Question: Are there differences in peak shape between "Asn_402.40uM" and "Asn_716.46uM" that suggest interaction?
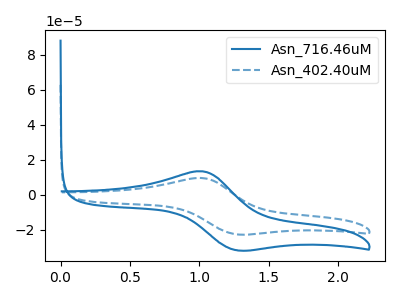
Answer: <think>The blue curve "Asn_716.46uM" has an anodic peak at (1.00V, 13.40uA) and a cathodic peak at (1.25V, -31.75uA). The blue dashed curve "Asn_402.40uM" has an anodic peak at (1.00V, 9.55uA) and a cathodic peak at (1.25V, -22.65uA).
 All the peaks in "Asn_402.40uM" have a peak in "Asn_716.46uM" at the same potential. Every peak in "Asn_402.40uM" is lower than every peak in "Asn_716.46uM".</think>
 <answer>No, "Asn_402.40uM" and "Asn_716.46uM" don't appear to be significantly different in shape</answer>
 <eval>no_change</eval>